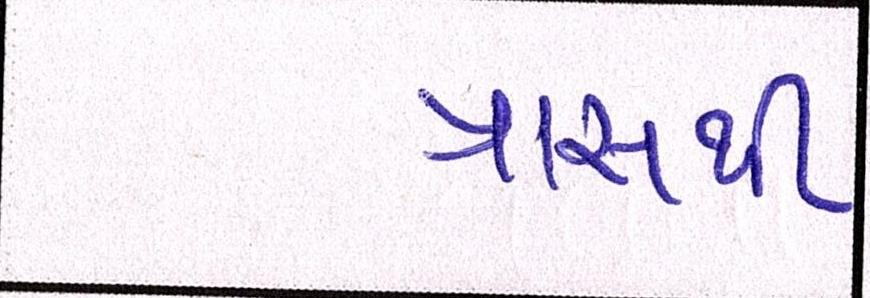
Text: ત્રાસથી